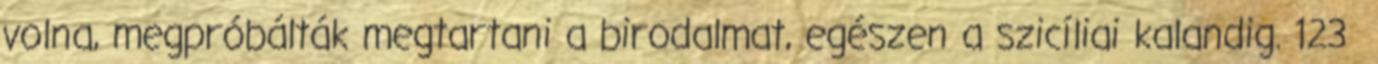
volna, megpróbálták megtartani a birodalmat, egészen a szicíliai kalandig. 123